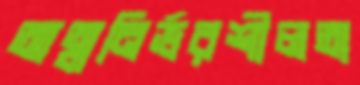
আত্মনির্ভরশীলতা